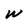
Character: w